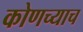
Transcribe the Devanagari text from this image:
कोणच्याच